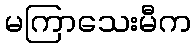
မကြာသေးမီက